Civil Veterinary Dept. Bombay admin report 1893-99 - 1893-1899
Year: 1893
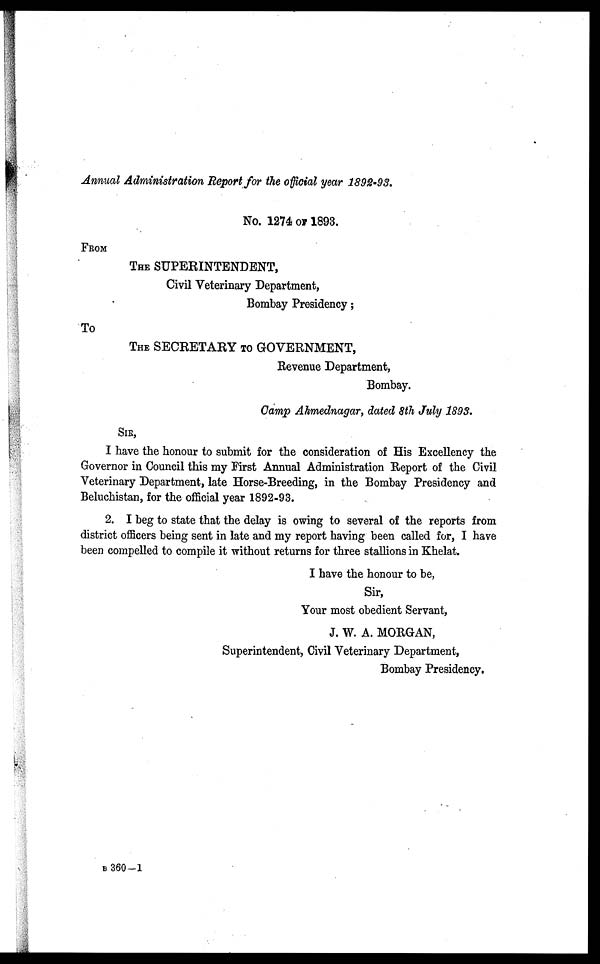
Annual Administration Report for the official year 1892-93.
No. 1274 OF 1893.
FROM
THE SUPERINTENDENT,
Civil Veterinary Department,
Bombay Presidency;
To
THE SECRETARY TO GOVERNMENT,
Revenue Department,
Bombay.
Camp Ahmednagar, dated 8th July 1893.
SIR,
I have the honour to submit for the consideration of His Excellency the
Governor in Council this my First Annual Administration Report of the Civil
Veterinary Department, late Horse-Breeding, in the Bombay Presidency and
Beluchistan, for the official year 1892-93.
2. I beg to state that the delay is owing to several of the reports from
district officers being sent in late and my report having been called for, I have
been compelled to compile it without returns for three stallions in Khelat.
I have the honour to be,
Sir,
Your most obedient Servant,
J. W. A. MORGAN,
Superintendent, Civil Veterinary Department,
Bombay Presidency.
B 360-1